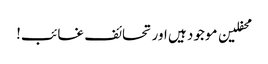
محفلین موجود ہیں اور تحائف غائب!